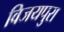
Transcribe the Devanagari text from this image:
विजयपुरा